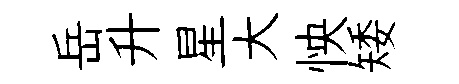
岳升星大怏矮